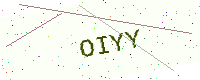
Text: OIYY